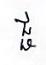
ជ្ជ